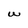
Character: W